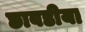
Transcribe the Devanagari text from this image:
छाबडीया